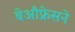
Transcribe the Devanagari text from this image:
बेऔफ्रेसने